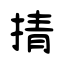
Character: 掅